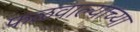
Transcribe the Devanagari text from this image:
फळवाल्याच्या